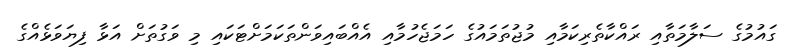
ގައުމުގެ ސަލާމަތާއި ރައްކާތެރިކަމާއި މުޖުތަމައުގެ ހަމަޖެހުމާއި އެއްބައިވަންތަކަމަށްޓަކައި މި ވަގުތަށް އަޅާ ފިޔަވަޅެއްގެ